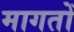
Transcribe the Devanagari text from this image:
मागतों